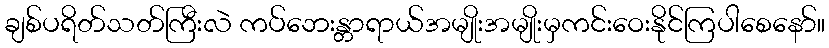
ချစ်ပရိတ်သတ်ကြီးလဲ ကပ်ဘေးန္တာရာယ်အမျိုးအမျိုးမှကင်းဝေးနိုင်ကြပါစေနော်။